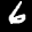
Label: 6